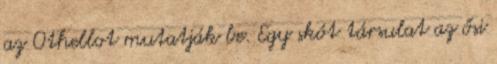
az Othellot mutatják be. Egy skót társulat az ősi